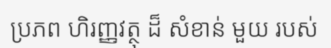
ប្រភព ហិរញ្ញវត្ថុ ដ៏ សំខាន់ មួយ របស់